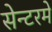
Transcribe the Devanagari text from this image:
सेन्टरमे